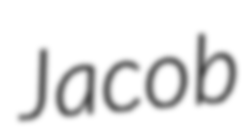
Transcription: Jacob